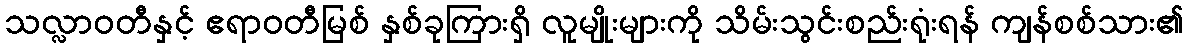
သလ္လာဝတီနှင့် ဧရာဝတီမြစ် နှစ်ခုကြားရှိ လူမျိုးများကို သိမ်းသွင်းစည်းရုံးရန် ကျန်စစ်သား၏